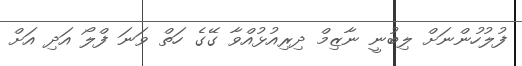
ފުލުހުންނަށް ލިބުނީ ނާޒިމް ދިރިއުޅުއްވާ ގޭގެ ހަތް ވަނަ ފްލޯ އަދި އަށް